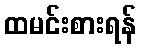
ထမင်းစားရန်